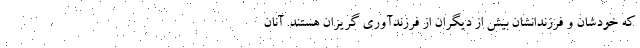
که خودشان و فرزندانشان بیش از دیگران از فرزندآوری گریزان هستند. آنان